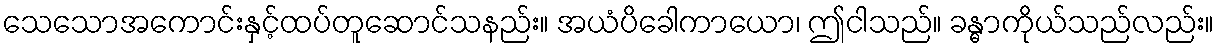
သေသောအကောင်းနှင့်ထပ်တူဆောင်သနည်း။ အယံပိခေါကာယော၊ ဤငါသည်။ ခန္ဓာကိုယ်သည်လည်း။